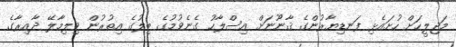
މަޖިލީހަށް ހުށައެޅި ފަނޑިޔާރުންގެ ޤާނޫނަށް އިސްލާހު ގެނެވުމުގެ ބިލުގެ އިތުރުން ވިލިމާލޭ ދާއިރާގެ